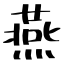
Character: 燕